Indian journal of veterinary science and animal husbandry - Volumes 18-21, 1948-1951
Year: 1948
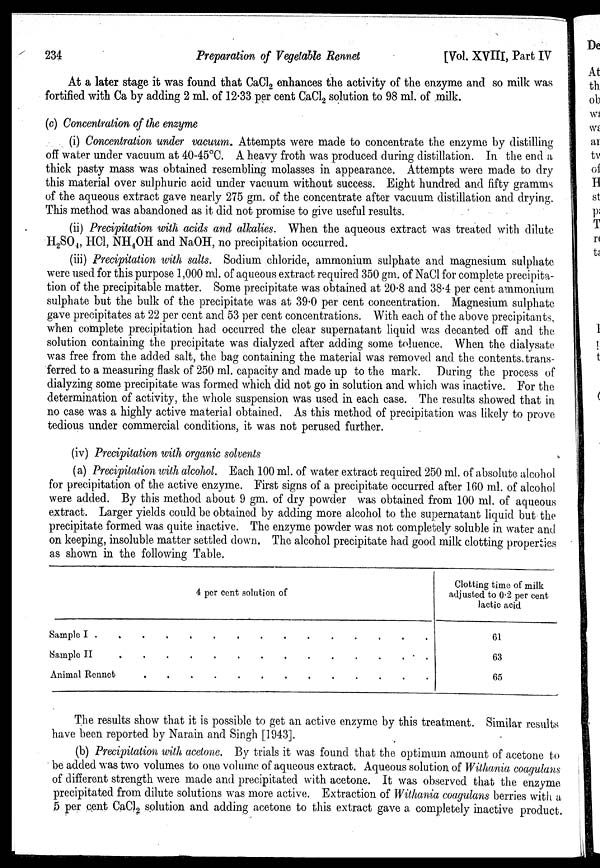
234
Preparation of Vegetable Rennet
[Vol. XVIII, Part IV
At a later stage it was found that CaCl 2 enhances the activity of the enzyme and so milk was
fortified with Ca by adding 2 ml. of 12.33 per cent CaCl 2 solution to 98 ml. of milk.
(c) Concentration of the enzyme
(i) Concentration under vacuum. Attempts were made to concentrate the enzyme by distilling
off water under vacuum at 40-45°C. A heavy froth was produced during distillation. In the end a
thick pasty mass was obtained resembling molasses in appearance. Attempts were made to dry
this material over sulphuric acid under vacuum without success. Eight hundred and fifty gramms
of the aqueous extract gave nearly 275 gm. of the concentrate after vacuum distillation and drying.
This method was abandoned as it did not promise to give useful results.
(ii) Precipitation with acids and alkalies. When the aqueous extract was treated with dilute
H 2 SO 4 , HCl, NH 4 OH and NaOH, no precipitation occurred.
(iii) Precipitation with salts. Sodium chloride, ammonium sulphate and magnesium sulphate
were used for this purpose 1,000 ml. of aqueous extract required 350 gm. of NaCl for complete precipita-
tion of the precipitable matter. Some precipitate was obtained at 20.8 and 38.4 per cent ammonium
sulphate but the bulk of the precipitate was at 39.0 per cent concentration. Magnesium sulphate
gave precipitates at 22 per cent and 53 per cent concentrations. With each of the above precipitants,
when complete precipitation had occurred the clear supernatant liquid was decanted off and the
solution containing the precipitate was dialyzed after adding some toluence. When the dialysate
was free from the added salt, the bag containing the material was removed and the contents trans-
ferred to a measuring flask of 250 ml. capacity and made up to the mark. During the process of
dialyzing some precipitate was formed which did not go in solution and which was inactive. For the
determination of activity, the whole suspension was used in each case. The results showed that in
no case was a highly active material obtained. As this method of precipitation was likely to prove
tedious under commercial conditions, it was not perused further.
(iv) Precipitation with organic solvents
(a) Precipitation with alcohol. Each 100 ml. of water extract required 250 ml. of absolute alcohol
for precipitation of the active enzyme. First signs of a precipitate occurred after 160 ml. of alcohol
were added. By this method about 9 gm. of dry powder was obtained from 100 ml. of aqueous
extract. Larger yields could be obtained by adding more alcohol to the supernatant liquid but the
precipitate formed was quite inactive. The enzyme powder was not completely soluble in water and
on keeping, insoluble matter settled down. The alcohol precipitate had good milk clotting properties
as shown in the following Table.
4 per cent solution of
Sample I . . . . .
.
.
.
.
.
.
.
.
.
.
Sample II . . . . . . . . . . . . . . .
Animal Rennot . . . . . . . . . .
Clotting time of milk
adjusted to 0.2 per cent
lactic acid
61
63
65
The results show that it is possible to get an active enzyme by this treatment. Similar results
have been reported by Narain and Singh [1943].
(b) Precipitation with acetone. By trials it was found that the optimum amount of acetone to
be added was two volumes to one volume of aqueous extract. Aqueous solution of Withania coagulans
of different strength were made and precipitated with acetone. It was observed that the enzyme
precipitated from dilute solutions was more active. Extraction of Withania coagulans berries with a
5 per cent CaCl 2 solution and adding acetone to this extract gave a completely inactive product.